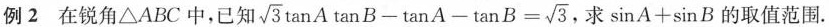
例 2 在锐角△ABC中,已知$$\sqrt { 3 } \tan A \tan B - \tan A - \tan B = \sqrt { 3 }$$ ，求$$\sin A + \sin B$$ 的取值范围.